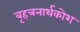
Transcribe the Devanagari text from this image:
बृहत्रनार्थकोश